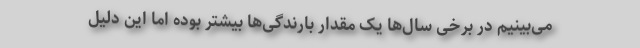
می‌بینیم در برخی سال‌ها یک مقدار بارندگی‌ها بیشتر بوده اما این دلیل